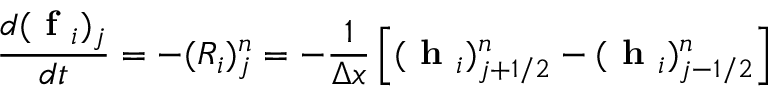
\frac { d ( \textbf { f } _ { i } ) _ { j } } { d t } = - ( R _ { i } ) _ { j } ^ { n } = - \frac { 1 } { \Delta x } \left[ ( \textbf { h } _ { i } ) _ { j + 1 / 2 } ^ { n } - ( \textbf { h } _ { i } ) _ { j - 1 / 2 } ^ { n } \right]